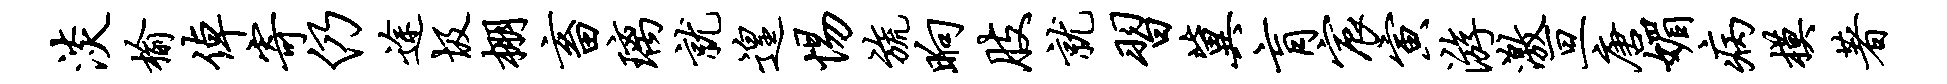
淡榆倬寄仍途圾棚畜璃就遑惕旒晌肢就习冀肓宸寅游激亘唐媚病模著